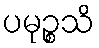
ပမုဉ္စသိ